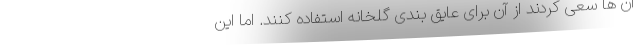
آن ها سعی کردند از آن برای عایق بندی گلخانه استفاده کنند. اما این